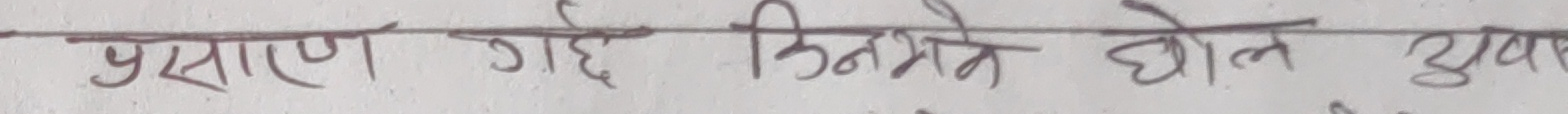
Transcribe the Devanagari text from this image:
प्रसाण गए कितने धोले सुव